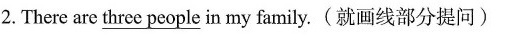
2.There are \underline{three people} in my family.(就画线部分提问)